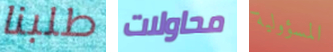
طلبنا محاولات المسؤولية